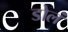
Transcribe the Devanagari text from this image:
डोलं